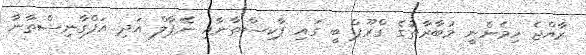
ރާއްޖެ ހިމެނެނީ މުބާރާތުގެ ގްރޫޕް ބީ ގައި ޕާކިސްތާނާއި ނޭޕާލް އަދި އަފްގާނިސްތާނާ